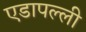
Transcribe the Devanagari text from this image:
एडापल्ली